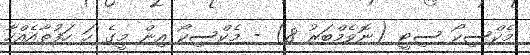
މެކްސިކޯ ސިޓީ (ނޮވެމްބަރު 8) - މެކްސިކޯ އިން މީގެ ހަ ހަފުތާއެއްހާ